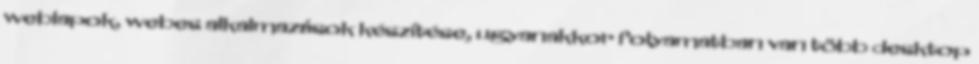
weblapok, webes alkalmazások készítése, ugyanakkor folyamatban van több desktop